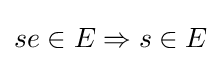
se\in E\Rightarrow s\in E